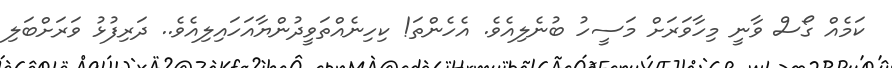
ކަމެއް ގޯސް ވާނީ މިހާވަރަށް މަސީހު ބުނެލިއެވެ. އެހެންތަ! ކިހިނެއްތަވީދުންޔާއަހައިލިއެވެ.. ދަރިފުޅު ވަރަށްބަލި